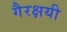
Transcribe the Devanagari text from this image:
गैरक्षयी